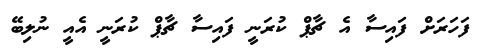
ފަހަރަށް ފައިސާ އެ ޗާޕް ކުރަނީ ފައިސާ ޗާޕް ކުރަނީ އެއީ ނުލިބޭ